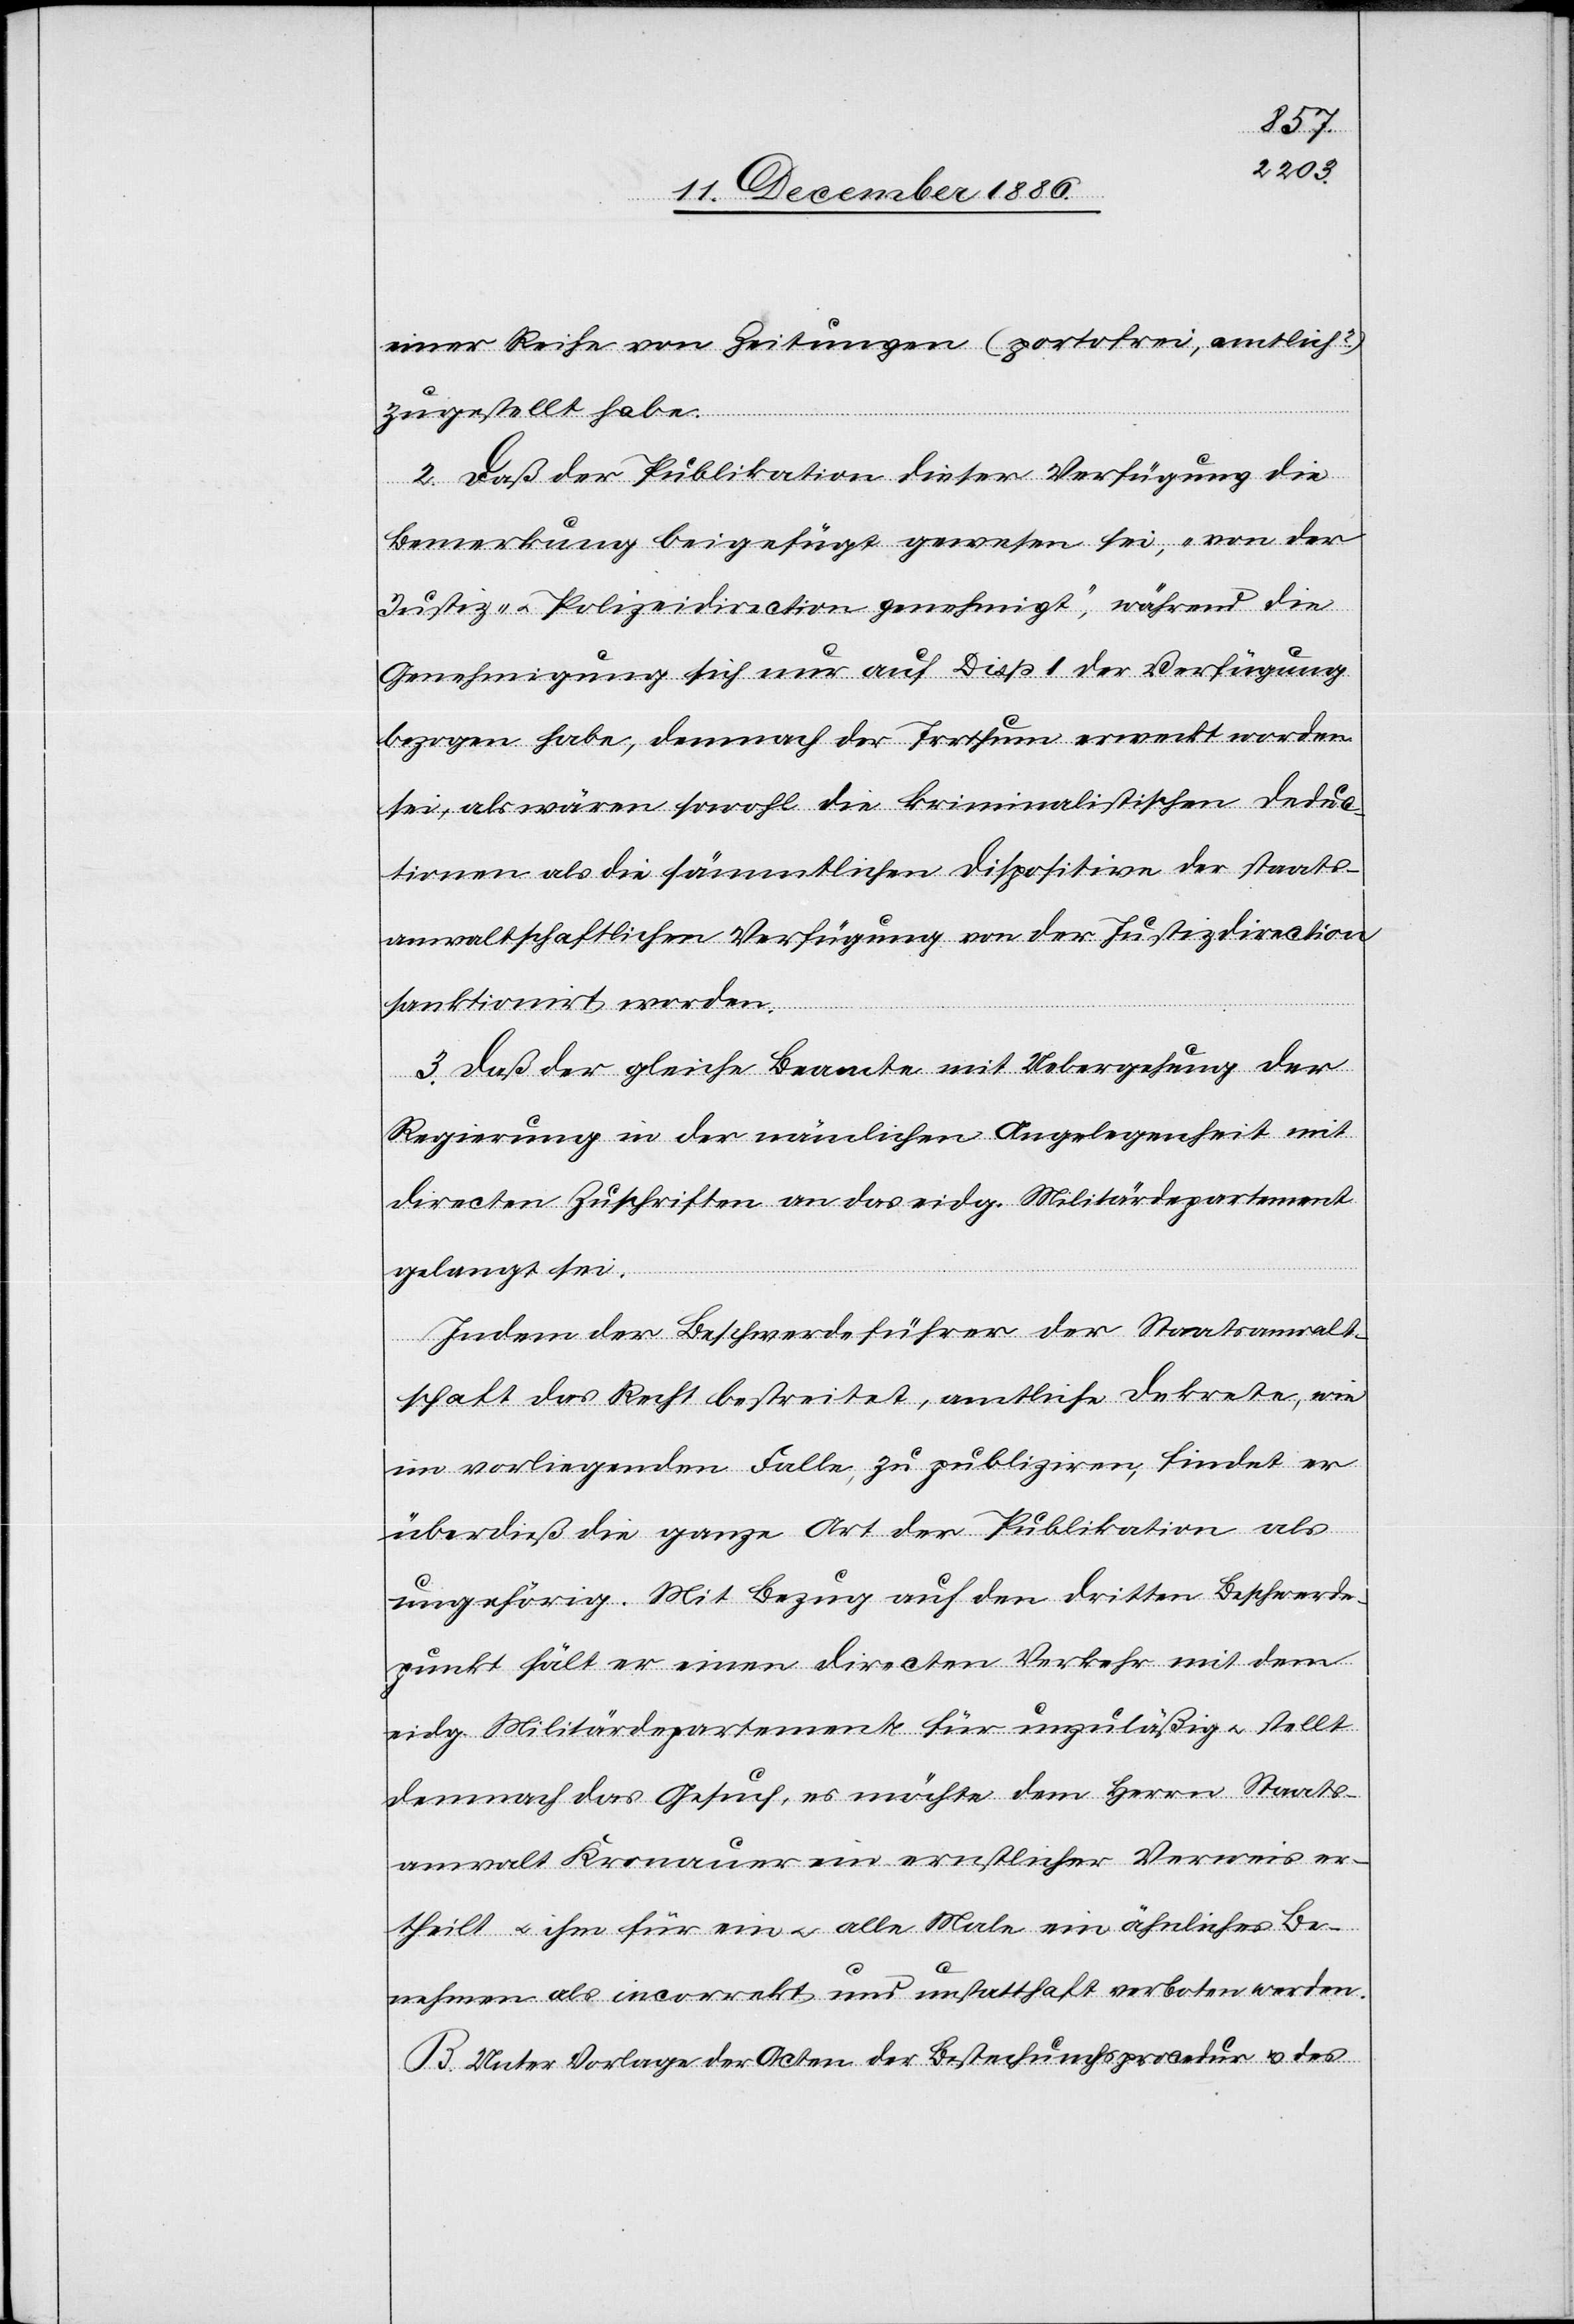
einer Reihe von Zeitungen (portofrei, amtlich?)
zugestellt habe
2. Daß der Publikation dieser Verfügung die
Bemerkung beigefügt gewesen sei, „von der
Justiz- & Polizeidirection genehmigt“, während die
Genehmigung sich nur auf Disp. 1 der Verfügung
bezogen habe, demnach der Irrthum erweckt worden
sei, als wären sowohl die kriminalistischen Deduc¬
tionen als die sämmtlichen Dispositive der staats¬
anwaltschaftlichen Verfügung von der Justizdirection
sanktionirt worden.
3. Daß der gleiche Beamte mit Uebergehung der
Regierung in der nämlichen Angelegenheit mit
directen Zuschriften an das eidg. Militärdepartement
gelangt sei.
Indem der Beschwerdeführer der Staatsanwalt¬
schaft das Recht bestreitet, amtliche Dekrete, wie
im vorliegenden Falle, zu publiziren, findet er
überdieß die ganze Art der Publikation als
ungehörig. Mit Bezug auf den dritten Beschwerde¬
punkt hält er einen directen Verkehr mit dem
eidg. Militärdepartement für unzuläßig & stellt
demnach das Gesuch, es möchte dem Herrn Staats¬
anwalt Kronauer ein ernstlicher Verweis er¬
theilt & ihm für ein & alle Male ein ähnliches Be¬
nehmen als incorrekt und unstatthaft verboten werden.
B. Unter Vorlage der Acten der Bestechungsprocedur & des